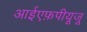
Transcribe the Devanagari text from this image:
आईएफ़पीयूजू